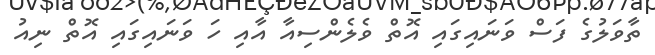
ތާވަލުގެ ފަސް ވަނައިގައި އޮތް ވެލެންސިއާ އާއި ހަ ވަނައިގައި އޮތް ނިއު